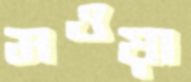
মওয়া